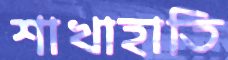
শাখাহাতি